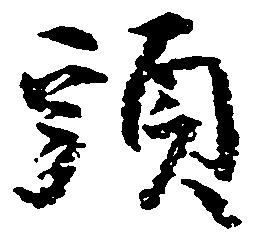
頭